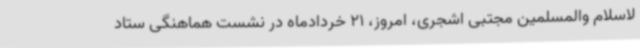
لاسلام والمسلمین مجتبی اشجری، امروز، 21 خردادماه در نشست هماهنگی ستاد